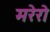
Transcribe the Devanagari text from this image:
मरेरो